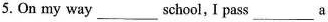
5. On my way___school,I ___pass a